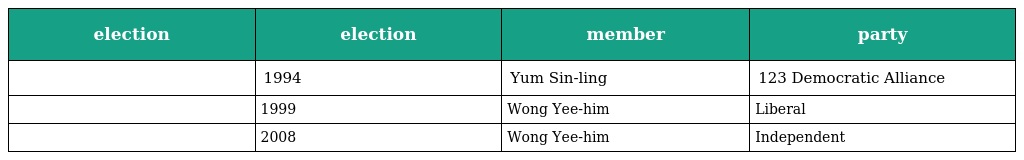
| election | election | member | party |
 | --- | --- | --- | --- |
 |  | 1994 | Yum Sin-ling | 123 Democratic Alliance |
 |  | 1999 | Wong Yee-him | Liberal |
 |  | 2008 | Wong Yee-him | Independent |